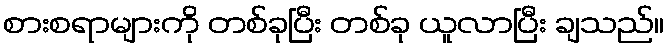
စားစရာများကို တစ်ခုပြီး တစ်ခု ယူလာပြီး ချသည်။